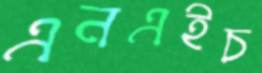
এনএইচ